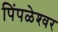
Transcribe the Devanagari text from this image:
पिंपळेश्‍वर